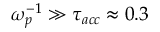
\omega _ { p } ^ { - 1 } \gg \tau _ { a c c } \approx 0 . 3